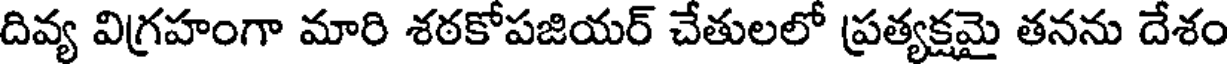
దివ్య విగ్రహంగా మారి శఠకోపజియర్ చేతులలో ప్రత్యక్షమై తనను దేశం